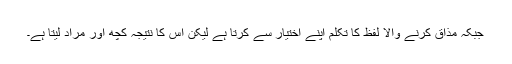
جبکہ مذاق کرنے والا لفظ کا تکلم اپنے اختیار سے کرتا ہے لیکن اس کا نتیجہ کچھ اور مراد لیتا ہے۔